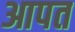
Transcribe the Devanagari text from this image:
आपत